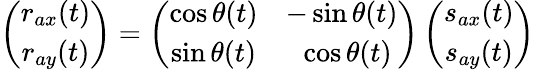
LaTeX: \left(\begin{array}{c}{r_{ax}(t)}\\ {r_{ay}(t)}\end{array}\right)=\left(\begin{array}{cc}{\cos\theta(t)}&{-\sin\theta(t)}\\ {\sin\theta(t)}&{\ \cos\theta(t)}\end{array}\right)\left(\begin{array}{c}{s_{ax}(t)}\\ {s_{ay}(t)}\end{array}\right)